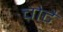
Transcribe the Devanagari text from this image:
चोटै